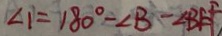
\angle 1 = 1 8 0 ^ { \circ } - \angle B - \angle B E F